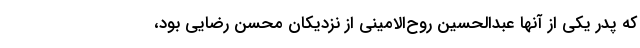
که پدر یکی از آنها عبدالحسین روح‌الامینی از نزدیکان محسن رضایی بود،